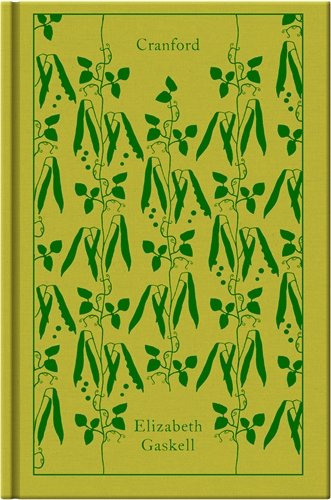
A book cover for Cranford (Hardcover Classics); Elizabeth Gaskell; Literature & Fiction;